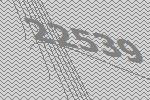
22539